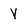
Character: V